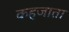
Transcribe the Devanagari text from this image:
कहजाता